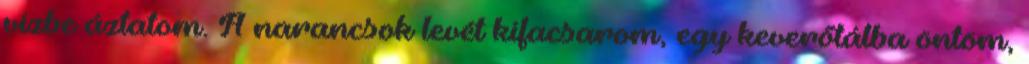
vízbe áztatom. A narancsok levét kifacsarom, egy keverőtálba öntöm,